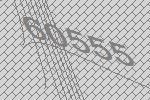
60555